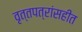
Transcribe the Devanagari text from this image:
वृत्तपत्रांसहीत